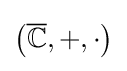
{\bigl (}{\overline {\mathbb {C} }},{+},{\cdot }{\bigr )}